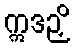
ဣဒဉှိ